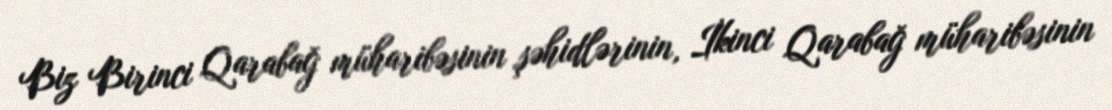
Biz Birinci Qarabağ müharibəsinin şəhidlərinin, İkinci Qarabağ müharibəsinin